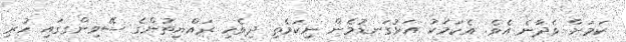
ކަމަށް ވެދާނެ އެވެ. އެކަމަކު އަޅުގަނޑުމެން ނިކަމެތި ދިވެހި ރައްޔިތުންގެ ސޭވިންގގައި ހުރި